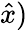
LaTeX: \hat{x})